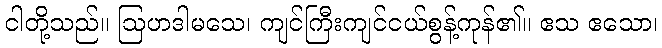
ငါတို့သည်။ ဩဟဒါမသေ၊ ကျင်ကြီးကျင်ငယ်စွန့်ကုန်၏။ ဧသ ဧသော၊